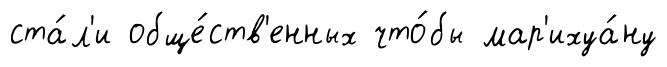
ста́л'и обще́ств'енных что́бы мар'ихуа́ну